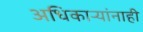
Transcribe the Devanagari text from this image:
अधिकार्‍यांनाही